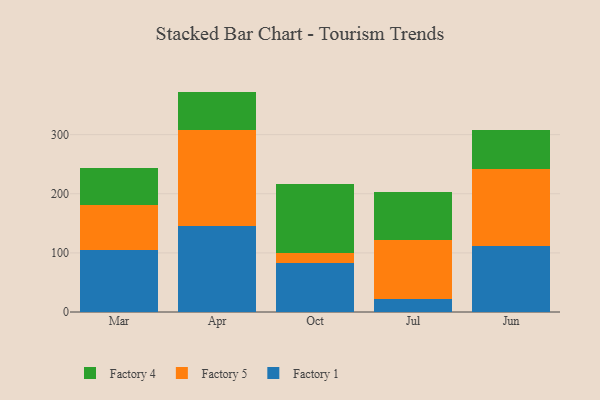
{"axis": {"x": "Month", "y": "Gross Profit (USD K)"}, "legend": ["Factory 1", "Factory 4", "Factory 5"], "data": [{"x": "Mar", "y": 105.1, "type": "Factory 1"}, {"x": "Mar", "y": 75.1, "type": "Factory 5"}, {"x": "Mar", "y": 62.8, "type": "Factory 4"}, {"x": "Apr", "y": 145.3, "type": "Factory 1"}, {"x": "Apr", "y": 162.6, "type": "Factory 5"}, {"x": "Apr", "y": 64.9, "type": "Factory 4"}, {"x": "Oct", "y": 82.1, "type": "Factory 1"}, {"x": "Oct", "y": 17.2, "type": "Factory 5"}, {"x": "Oct", "y": 116.8, "type": "Factory 4"}, {"x": "Jul", "y": 22.6, "type": "Factory 1"}, {"x": "Jul", "y": 99.8, "type": "Factory 5"}, {"x": "Jul", "y": 79.8, "type": "Factory 4"}, {"x": "Jun", "y": 110.9, "type": "Factory 1"}, {"x": "Jun", "y": 131.0, "type": "Factory 5"}, {"x": "Jun", "y": 66.4, "type": "Factory 4"}]}